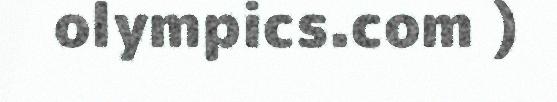
olympics.com )